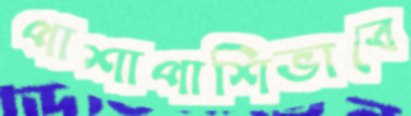
পাশাপাশিভাবে